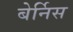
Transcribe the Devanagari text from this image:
बेर्निस